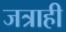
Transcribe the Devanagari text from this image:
जत्राही